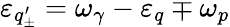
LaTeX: \varepsilon_{q_{\pm}^{\prime}}=\omega_{\gamma}-\varepsilon_{q}\mp\omega_{p}